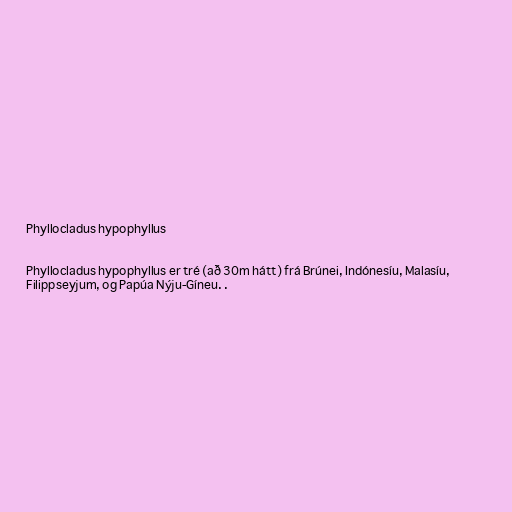
Phyllocladus hypophyllus

Phyllocladus hypophyllus er tré (að 30m hátt) frá Brúnei, Indónesíu, Malasíu,
Filippseyjum, og Papúa Nýju-Gíneu. .